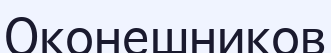
Оконешников